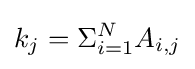
k_{j}=\Sigma _{i=1}^{N}A_{i,j}